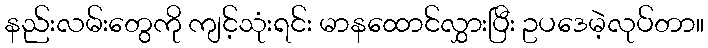
နည်းလမ်းတွေကို ကျင့်သုံးရင်း မာနထောင်လွှားပြီး ဥပဒေမဲ့လုပ်တာ။